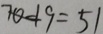
7 0 - 1 9 = 5 1